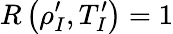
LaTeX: R\left(\rho_{I}^{\prime},T_{I}^{\prime}\right)=1